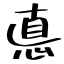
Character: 悳